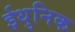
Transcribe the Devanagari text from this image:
ईधुनिक